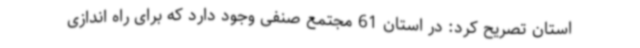
استان تصریح کرد: در استان 61 مجتمع صنفی وجود دارد که برای راه اندازی